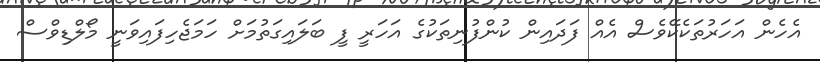
އެހެން އަހަރުތަކެކޭވެސް އެއް ފަދައިން ކުންފުނިތަކުގެ އަހަރީ ފީ ބަލައިގަތުމަށް ހަމަޖެހިފައިވަނީ މޯލްޑިވްސް